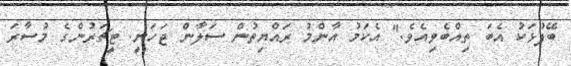
ބޭފުޅަކު އެބަ ތިއްބެވިއެވެ." އެކަމު އާންމު ރައްޔިތުން ސަލާން ޖަހަނީ. ޓީޗަރުންގެ މުސާރަ